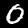
Label: 0